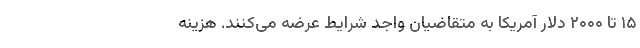
۱۵ تا ۲۰۰۰ دلار آمریکا به متقاضیان واجد شرایط عرضه می‌کنند. هزینه